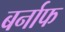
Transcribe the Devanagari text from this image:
बर्नाफ